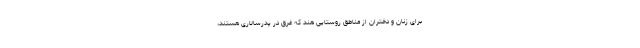
برای زنان و دختران از مناطق روستایی هند که غرق در پدرسالاری هستند،